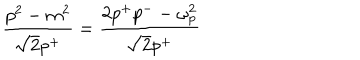
\frac { p ^ { 2 } - m ^ { 2 } } { \sqrt { 2 } p ^ { + } } = \frac { 2 p ^ { + } p ^ { - } - \omega _ { p } ^ { 2 } } { \sqrt { 2 } p ^ { + } }